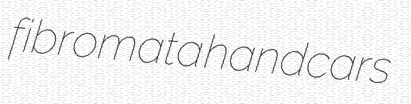
fibromata handcars